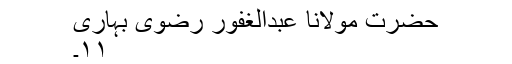
حضرت مولانا عبدالغفور رضوی بہاری
۱۱۔